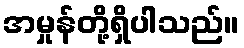
အမှုန်တို့ရှိပါသည်။